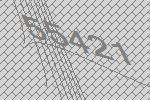
55421